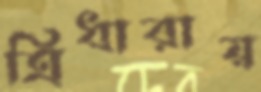
ত্রিধারায়